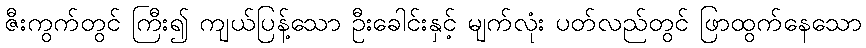
ဇီးကွက်တွင် ကြီး၍ ကျယ်ပြန့်သော ဦးခေါင်းနှင့် မျက်လုံး ပတ်လည်တွင် ဖြာထွက်နေသော